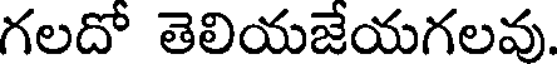
గలదో తెలియజేయగలవు.